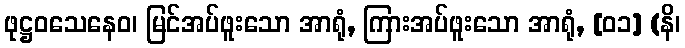
ဖုဋ္ဌဝသေနေဝ၊ မြင်အပ်ဖူးသော အာရုံ, ကြားအပ်ဖူးသော အာရုံ, [၀၁] (နိ၊